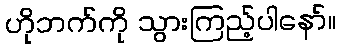
ဟိုဘက်ကို သွားကြည့်ပါနော်။